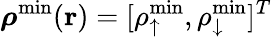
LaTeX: {\boldsymbol\rho}^{\mathrm{min}}({\mathbf r})=[\rho_{\uparrow}^{\mathrm{min}},\rho_{\downarrow}^{\mathrm{min}}]^{T}